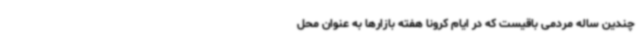
چندین ساله مردمی باقیست که در ایام کرونا هفته بازارها به عنوان محل